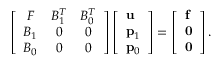
\begin{array} { r } { \left[ \begin{array} { c c c } { \boldsymbol { F } } & { B _ { 1 } ^ { T } } & { B _ { 0 } ^ { T } } \\ { B _ { 1 } } & { 0 } & { 0 } \\ { B _ { 0 } } & { 0 } & { 0 } \end{array} \right] \left[ \begin{array} { l } { \mathbf { u } } \\ { \mathbf { p } _ { 1 } } \\ { \mathbf { p } _ { 0 } } \end{array} \right] = \left[ \begin{array} { l } { \mathbf { f } } \\ { \bf { 0 } } \\ { \bf { 0 } } \end{array} \right] . } \end{array}